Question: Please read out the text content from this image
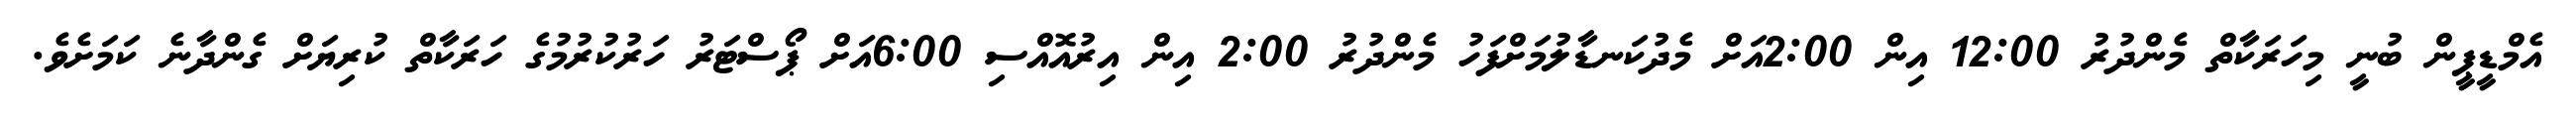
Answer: އެމްޑީޕީން ބުނީ މިހަރަކާތް މެންދުރު 12:00 އިން 2:00އަށް މެދުކަނޑާލުމަށްފަހު މެންދުރު 2:00 އިން އިރުއޮއްސި 6:00އަށް ޕޯސްޓަރު ހަރުކުރުމުގެ ހަރަކާތް ކުރިޔަށް ގެންދާނެ ކަމަށެވެ.